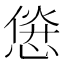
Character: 𱞱